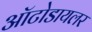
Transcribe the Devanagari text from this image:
ऑटोडायलर